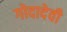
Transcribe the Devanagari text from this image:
गोदादेवी